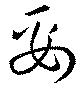
妥